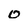
Character: o